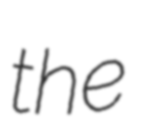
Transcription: the